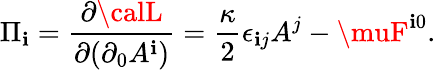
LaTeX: \Pi_{\mathbf{i}}=\frac{{\partial{\calL}}}{{\partial(\partial_{0}A^{\mathbf{i}})}}=\frac{{\kappa}}{{2}}\epsilon_{\mathbf{i}j}A^{j}-\muF^{\mathbf{i}0}.